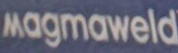
magmaweld